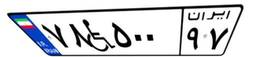
۷۸W۵۰۰۹۷